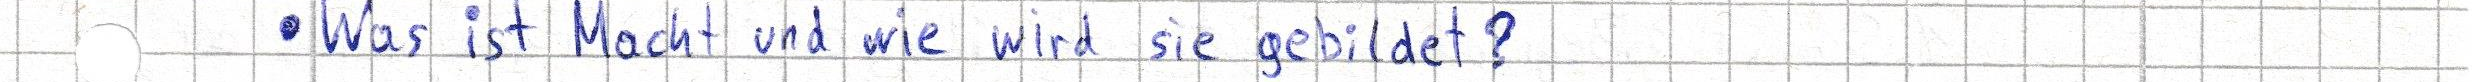
- Was ist Macht und wie wird sie gebildet?